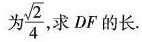
为\frac{\sqrt{2}}{4}求DF的长.